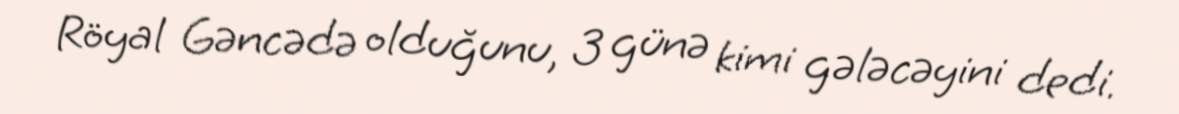
Röyal Gəncədə olduğunu, 3 günə kimi gələcəyini dedi.